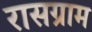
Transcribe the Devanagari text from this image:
रासग्राम